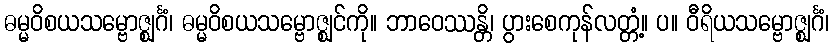
ဓမ္မဝိစယသမ္ဗောဇ္ဈင်္ဂံ၊ ဓမ္မဝိစယသမ္ဗောဇ္ဈင်ကို။ ဘာဝေဿန္တိ၊ ပွားစေကုန်လတ္တံ့။ ပ။ ဝီရိယသမ္ဗောဇ္ဈင်္ဂံ၊